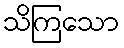
သိကြသော